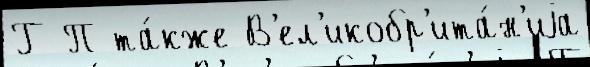
Г П та́кже В'ел'икобр'ита́н'иjа